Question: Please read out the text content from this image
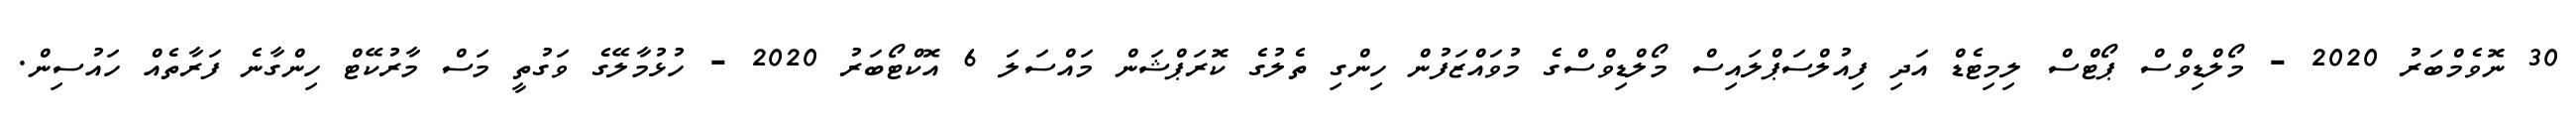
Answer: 30 ނޮވެމްބަރު 2020 - މޯލްޑިވްސް ޕޯޓްސް ލިމިޓެޑް އަދި ފިއުލްސަޕްލައިސް މޯލްޑިވްސްގެ މުވައްޒަފުން ހިންގި ތެލުގެ ކޮރަޕްޝަން މައްސަލަ 6 އޮކްޓޯބަރު 2020 - ހުޅުމާލޭގެ ވަގުތީ މަސް މާރުކޭޓް ހިންގާނެ ފަރާތެއް ހައުސިން.